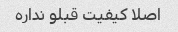
اصلا کیفیت قبلو نداره